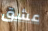
عشق